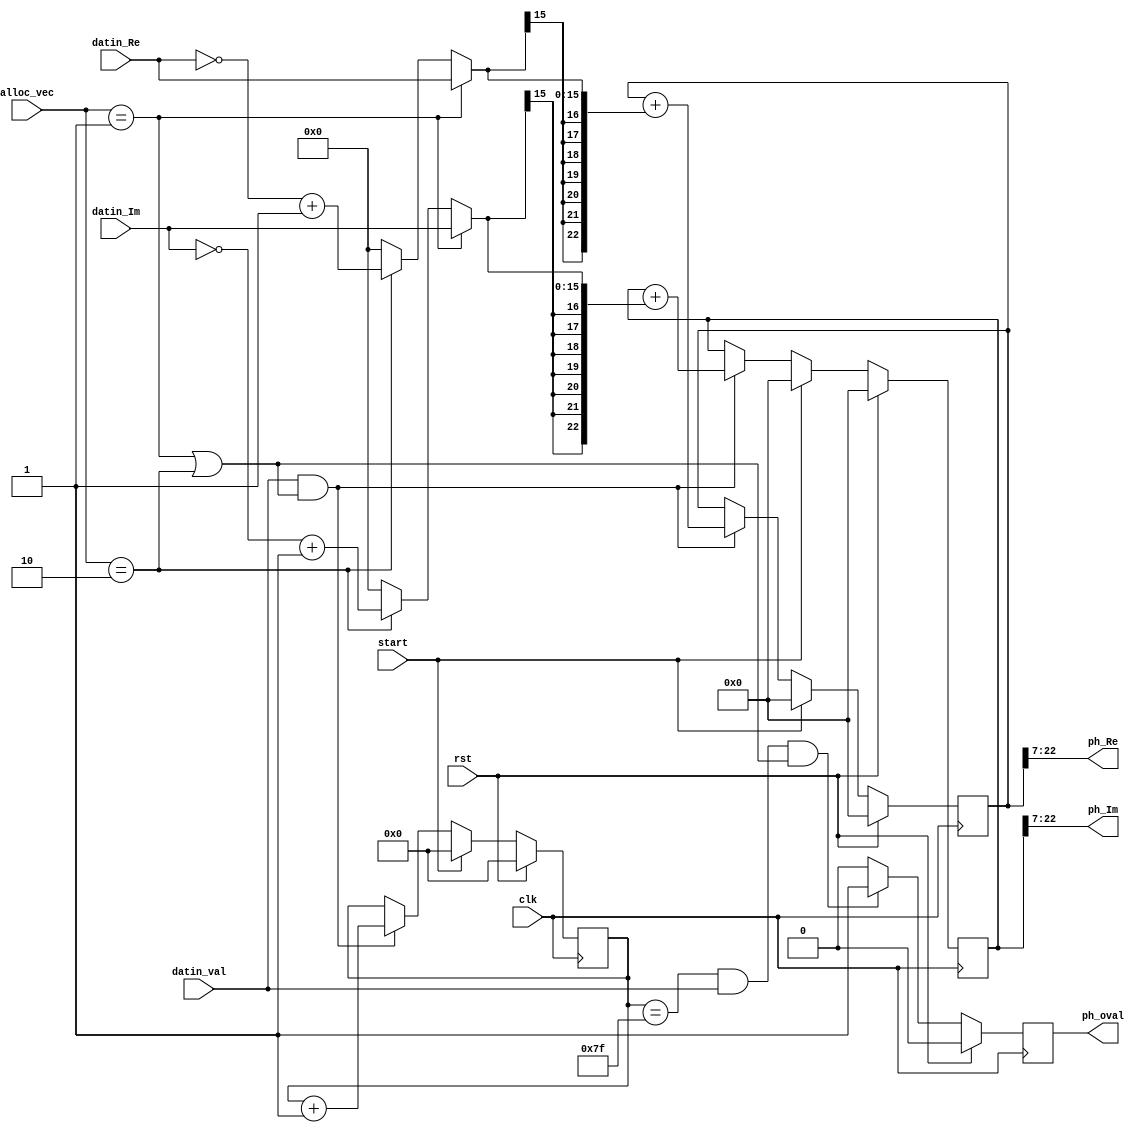
`timescale 1ns / 1ps
//////////////////////////////////////////////////////////////////////////////////
// Company: 
// Engineer: 
// 
// Design Name: 
// Module Name:    Ph_Est 
// Project Name: 
// Target Devices: 
// Tool versions: 
// Description: 
//
// Dependencies: 
//
// Revision: 
// Revision 0.01 - File Created
// Additional Comments: 
//
//////////////////////////////////////////////////////////////////////////////////
module PhTrack_Est(
	input 		 clk, rst, start, datin_val,
	input [15:0] datin_Re,		//Q 3.13		(Q10.6)
	input [15:0] datin_Im,		//Q 3.13		(Q10.6)
	input	[1:0]	 alloc_vec,
	output[15:0] ph_Re,		 
	output[15:0] ph_Im,
	output reg	 ph_oval
    );
wire P_pos = (alloc_vec == 2'b01);		// positve pilot
wire P_neg = (alloc_vec == 2'b10);		// negative pilot
wire [15:0] Pdiff_Re = (P_pos)? datin_Re :(P_neg)? (~datin_Re +1'b1): 16'd0; //different phase between transmitted and received pilots
wire [15:0] Pdiff_Im = (P_pos)? datin_Im :(P_neg)? (~datin_Im +1'b1): 16'd0;

//reg [17:0] Pacc_Re, Pacc_Im;
//reg [18:0] Pacc_Re, Pacc_Im;
reg [22:0] Pacc_Re, Pacc_Im;
always @(posedge clk) begin
	if (rst)					begin	Pacc_Re <= 23'd0;
										Pacc_Im <= 23'd0;
								end
	else if (start)		begin	Pacc_Re <= 23'd0;
										Pacc_Im <= 23'd0;
								end
	else if (datin_val &(P_pos|P_neg))	begin	Pacc_Re <= Pacc_Re + {{7{Pdiff_Re[15]}},Pdiff_Re};
															Pacc_Im <= Pacc_Im + {{7{Pdiff_Im[15]}},Pdiff_Im};
								end
end

//reg [1:0] P_cnt;	//count for 4 pilots
//reg [2:0] P_cnt;		//count for 8 pilots
reg [6:0] P_cnt;		//count for 128 pilots
always @(posedge clk) begin
	if (rst)	 									P_cnt <= 7'b0;
	else if (start)							P_cnt <= 7'b0;
	else if (datin_val &(P_pos|P_neg))	P_cnt <= P_cnt + 1'b1;
end

always @(posedge clk) begin
	if (rst)	 															ph_oval <= 1'b0;
	else if ((P_cnt == 7'd127)& datin_val &(P_pos|P_neg))	ph_oval <= 1'b1;
	else																	ph_oval <= 1'b0;
end

assign ph_Re		= Pacc_Re[22:7];		//Q3.13; (Q10.6)
assign ph_Im		= Pacc_Im[22:7];		//Q3.13; (Q10.6)

endmodule